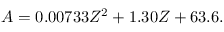
A = 0 . 0 0 7 3 3 Z ^ { 2 } + 1 . 3 0 Z + 6 3 . 6 .